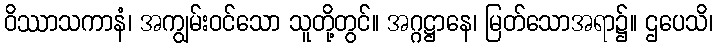
ဝိဿာသကာနံ၊ အကျွမ်းဝင်သော သူတို့တွင်။ အဂ္ဂဋ္ဌာနေ၊ မြတ်သောအရာ၌။ ဌပေသိ၊